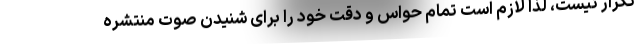
تکرار نیست، لذا لازم است تمام حواس و دقت خود را برای شنیدن صوت منتشره